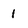
Character: 1